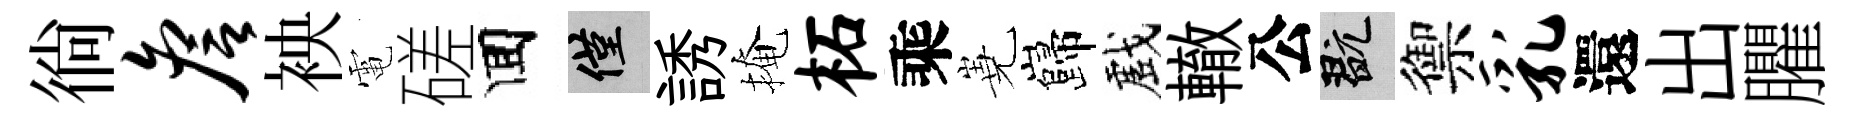
徜詹䘧電磋囬僅誘掩柘乘嶤巋戲轍公玩禦乳還出臞